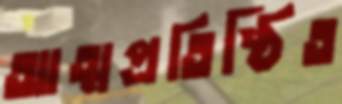
আত্মপ্রতিষ্ঠিত